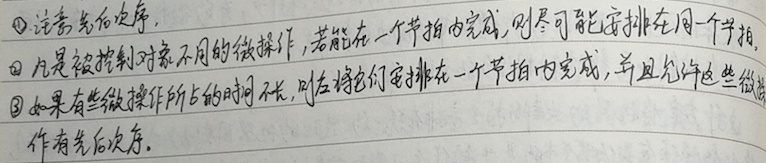
\begin{enumerate}
    \item 注意先后次序。
    \item 凡是被控制对象不同的微操作，若能在一个节拍内完成，则尽可能安排在同一个节拍。
    \item 如果有些微操作所占的时间不长，则应将它们安排在一个节拍内完成，并且允许这些微操作有先后次序。
\end{enumerate}